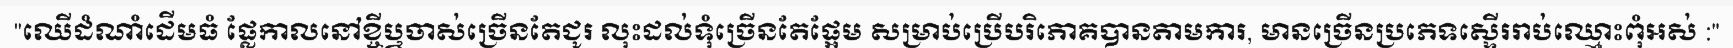
"ឈើដំណាំដើមធំ ផ្លែកាលនៅខ្ចីឬចាស់ច្រើនតែជូរ លុះដល់ទុំច្រើនតែផ្អែម សម្រាប់ប្រើបរិភោគបានតាមការ, មានច្រើនប្រភេទស្ទើររាប់ឈ្មោះពុំអស់ :"